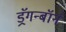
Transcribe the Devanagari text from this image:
ड्रॅगन्बॉर्न